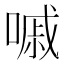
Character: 嘁